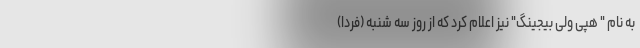
به نام " هَپی وَلی بِیجینگ" نیز اعلام کرد که از روز سه شنبه (فردا)